Report on the Civil Veterinary Department, Eastern Bengal and Assam - 1907-1911
Year: 1907
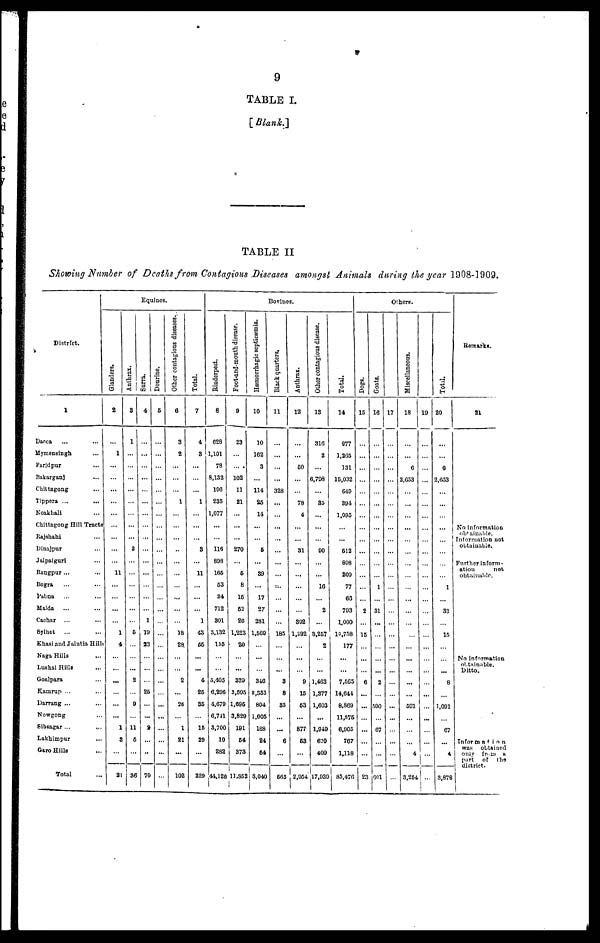
9
TABLE I.
[ Blank.]
TABLE II
Showing Number of Deaths from Contagious Diseases amongst Animals during the year 1908-1909.
District.
1
Dacca ... ...
Mymensingh ...
Faridpur ...
Bakarganj ...
Chittagong...
Tippera ... ...
Noakhali ...
Chittagong Hill Tracts
Rajshahi ...
Dinajpur ...
Jalpaiguri ...
Rangpur ... ...
Bogra ... ...
Pubna ... ...
Malda
... ...
Cachar ... ...
Sylhet
... ...
Khasi and Jaintia Hills
Naga Hills ... ...
Lushai Hills ... ...
Goalpara ...
Kamrup ... ...
Darrang ... ...
Nowgong ...
Sibsagar ... ...
Lakhimpur
...
Garo Hills ...
Total ...
Equines.
Glanders.
2
...
1
...
...
...
...
...
...
... ...
...
...
... 11
...
...
...
...
1
4
...
...
...
...
...
...
1
3
...
21
Anthrax.
3
1
...
...
...
...
...
...
...
... ...
3
...
...
...
...
...
...
5
...
...
... ...
2
...
9
...
11
5
...
36
Surra.
4
...
...
...
...
...
...
...
...
... ...
... ...
...
... ...
...
...
...
1
19
23
...
...
...
25
...
...
2
...
...
70
Dourine.
5
...
...
...
...
...
...
...
...
... ...
... ...
...
... ...
...
...
...
...
...
...
...
... ...
...
...
...
...
...
...
... ...
...
Other contagions diseases.
6
3
2
...
...
...
1
...
...
... ...
... ...
...
... ...
...
...
...
...
18
28.
...
... ...
2
...
26
...
1
21
...
102
Total.
7
4
3
...
...
...
1
...
...
...
3
...
11
...
...
...
1
43
55
...
...
4
25
35
...
16
29
...
229
Bovines.
Rinderpest.
8
628
1,101
78
8,132
196
235
1,077
...
...
116
898
165
53
34
712
301
3.132
155
...
...
5,405
6,296
4,679
6,741
3,700
10
282
44,126
Foot-and-mouth disease.
9
23
...
...
102
11
21
...
...
... ...
270
...
6
8
15
52
26
1,223
20
...
...
339
3,505
1,095
3,820
191
54
373
11,382
Hæmorrhagic septicæmia.
10
10
162
3
...
114
25
14
...
...
... 6
...
39
...
17
27
281
1,500
...
...
...
346
3,353
804
1.005
188
24
64
8,040
Black quarters.
11
...
...
...
...
328
...
...
...
... ...
...
...
...
...
...
...
...
...
185
...
...
...
3
8
35
...
...
6
...
...
665
Anthrax.
12
...
...
50
...
...
78
4
...
... ...
31
...
...
...
...
...
302
1,892
...
...
...
9
15
53
...
877
63
2,954
Other contagious disease.
13
316
2
...
6,708
...
35
...
...
...
90
...
... ...
16
...
2
...
3,257
2
...
...
1,463
1,377
1,603
...
1,949
620
409
17,939
Total.
14
977
1,265
131
15,032
349
391
1,095
...
... ...
512
808
209
77
66
793
1,000
10,758
177
...
...
7.565
14,641
8.869
11,575
6,905
767
1,118
85,476
Others.
Dogs.
15
...
...
...
...
...
...
...
...
... ...
... ...
...
...
...
2
...
15
...
...
...
6
...
...
...
...
...
...
23
Goats.
16
...
...
...
...
...
...
...
...
... ...
... ...
...
... ...
1
...
31
...
...
...
...
... ...
2
...
500
...
67
...
...
601
17
...
...
...
...
...
...
...
...
... ...
... ...
...
... ...
...
...
...
...
...
...
...
... ...
...
...
...
...
...
...
... ...
...
Miscellaneous.
18
...
...
6
2,653
...
...
...
...
... ...
... ...
...
... ...
...
...
...
...
...
...
...
... ...
...
...
501
...
...
...
... 4
3,254
19
...
...
...
...
...
...
...
...
... ...
... ...
...
... ...
...
...
...
...
...
...
...
...
...
...
...
...
...
...
...
...
Total.
20
...
...
6
2,653
...
...
...
...
...
...
... ...
...
... ...
1
...
33
...
15
...
...
...
8
...
1,091
...
67
...
4
3,875
Remarks.
21
No information
obtainable.
Information not
obtainable.
Further inform
ation
not.
obtainable.
No information
obtainable.
Ditto.
Information
was
obtained
only
from
part
of
the
district.